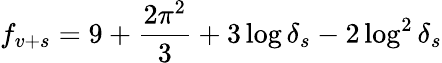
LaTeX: f_{v+s}=9+\frac{2\pi^{2}}{3}+3\log\delta_{s}-2\log^{2}\delta_{s}